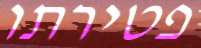
פטירתו